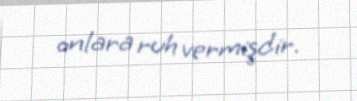
onlara ruh vermişdir.